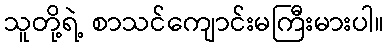
သူတို့ရဲ့ စာသင်ကျောင်းမကြီးမားပါ။